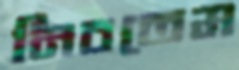
নিবতেম